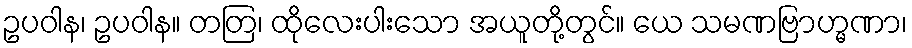
ဥပဝါန၊ ဥပဝါန။ တတြ၊ ထိုလေးပါးသော အယူတို့တွင်။ ယေ သမဏဗြာဟ္မဏာ၊